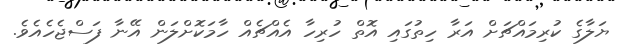
ޔަލާގެ ކުރިމައްޗަށް އަރާ ހިތުގައި އޮތް ހުރިހާ އެއްޗެއް ހާމަކޮށްލަން އޭނާ ފަސްޖެހެއެވެ.